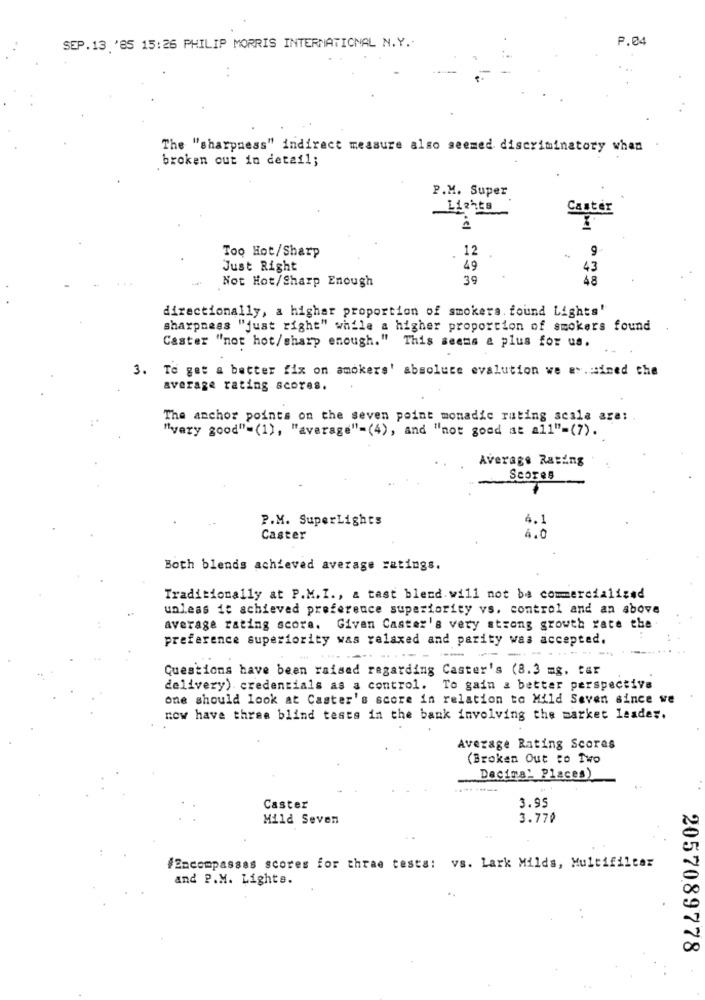
P.04
SEP.13.'85 15:26 PHILIP MORRIS INTERNATIONAL N.Y .:
The "sharpness" indirect measure also seemed discriminatory when
broken out in detail;
P.M. Super
Lights
Caster
Too Hot/Sharp
12
9
.
Just Right
49
43
39
48
Not Hot/Sharp Enough
directionally, a highar proportion of smokers. found Lights"
sharpness "just right" while a higher proportion of smokers found
Caster "not hot/sharp enough." This seems & plus for us.
3. To get a better fix on amokers' absolute evalution we av.mined the
average rating scores.
The anchor points on the seven point monadic rating scala are:
"very good"=(1), "average"=(4), and "not good at all"-(7).
Average Rating
Scores
P.M. SuperLights
$.1
Caster
4.0
Both blends achieved average ratings.
Traditionally at P.M.I ., & tast blend. will not be commercialized
unleas it achieved preference superiority vs. control and an above
average rating scora. Given Caster's very strong growth rate the.
preference superiority was relaxed and parity was accepted.
--
Questions have been raised regarding Caster's (8.3 mg. tar
delivery) credentials as a control. To gain a better perspective
one should look at Caster's score in relation to Mild Seven since we
now have three blind tests in the bank involving the market leader.
Average Rating Scores
(Broken Out to Two
Decimal Places)
3.95
Caster
Mild Seven
3.77₽
#Encompasses scores for thrae testa: vs. Lark Milds, Multifilter
and P.M. Lights.
2057089778